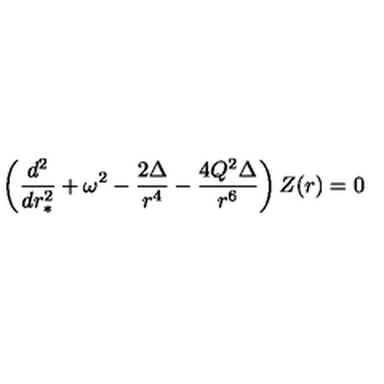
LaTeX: \left( { \frac { d ^ { 2 } } { d r _ { * } ^ { 2 } } } + \omega ^ { 2 } - { \frac { 2 \Delta } { r ^ { 4 } } } - { \frac { 4 Q ^ { 2 } \Delta } { r ^ { 6 } } } \right) Z ( r ) = 0